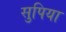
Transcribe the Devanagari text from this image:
सुपिया